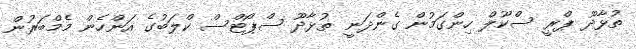
ތުޅާދޫ ޕްރީ ސްކޫލް ހިންގަމުން ގެންދަނީ ތުޅާދޫ ސްޕޯޓްސް ކްލަބުގެ އަންހެން މެމްބަރުން